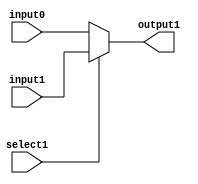
`timescale 1ns / 100ps
module mux16 (
input [15:0] input1,
input [15:0] input0,
input select1,
output [15:0] output1
);
    
//////////////////////////////////////////////////////////////
/////	assign output1
assign output1 = select1 ? input1 : input0;
//////////////////////////////////////////////////////////////  
endmodule
       
       
        
module shifter (
input	[15:0]	in,
input	[4:0]	RLamount,
input			lui,
output	[15:0]	out
);    
wire [15:0] out1,out2,out3,out4,out5,out6,out7,out8;

/////////////////////////////////////////////////////////////////////////
//// 		insert parameter

mux16 mux16_minus_3 (
    .input1({1'b0, in[15:1]}),
    .input0({9'b0, in[15:9]}),
    .select1(RLamount[3]),
    .output1(out1));
mux16 mux16_minus_2 (
    .input1(out1),
    .input0({4'b0, out1[15:4]}),
    .select1(RLamount[2]),
    .output1(out2));
mux16 mux16_minus_1 (
    .input1(out2),
    .input0({2'b0, out2[15:2]}),
    .select1(RLamount[1]),
    .output1(out3));
mux16 mux16_minus_0 (
    .input1(out3),
    .input0({1'b0, out3[15:1]}),
    .select1(RLamount[0]),
    .output1(out4));


mux16 mux16_plus_3 (
    .input1({in[7:0], 8'b0}),
    .input0(in),
    .select1(RLamount[3]),
    .output1(out5));
mux16 mux16_plus_2 (
    .input1({out5[11:0], 4'b0}),
    .input0(out5),
    .select1(RLamount[2]),
    .output1(out6));
mux16 mux16_plus_1 (
    .input1({out6[13:0], 2'b0}),
    .input0(out6),
    .select1(RLamount[1]),
    .output1(out7));
mux16 mux16_plus_0 (
    .input1({out7[14:0], 1'b0}),
    .input0(out7),
    .select1(RLamount[0]),
    .output1(out8));

////		insert some value
assign out = (lui) ? {in[7:0],8'b0} : ( (RLamount[4]) ? out4 : out8 );
///////////////////////////////////////////////////////////////////////////

endmodule